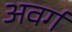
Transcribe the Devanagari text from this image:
अवर्ग